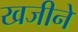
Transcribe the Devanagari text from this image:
खजीने